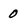
Character: 0